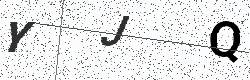
Text: YJQ